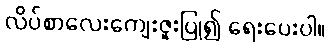
လိပ်စာလေးကျေးဇူးပြု၍ ရေးပေးပါ။